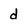
Character: d